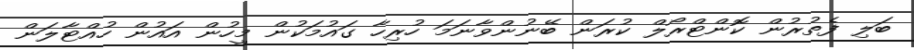
ބަލި ފެތުރުން ކޮންޓްރޯލް ކުރަން ބޭނުންވާނަމަ ހުރިހާ ގައުމަކުން މީހުން އައުން ހުއްޓާލަން